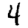
Digit: 4